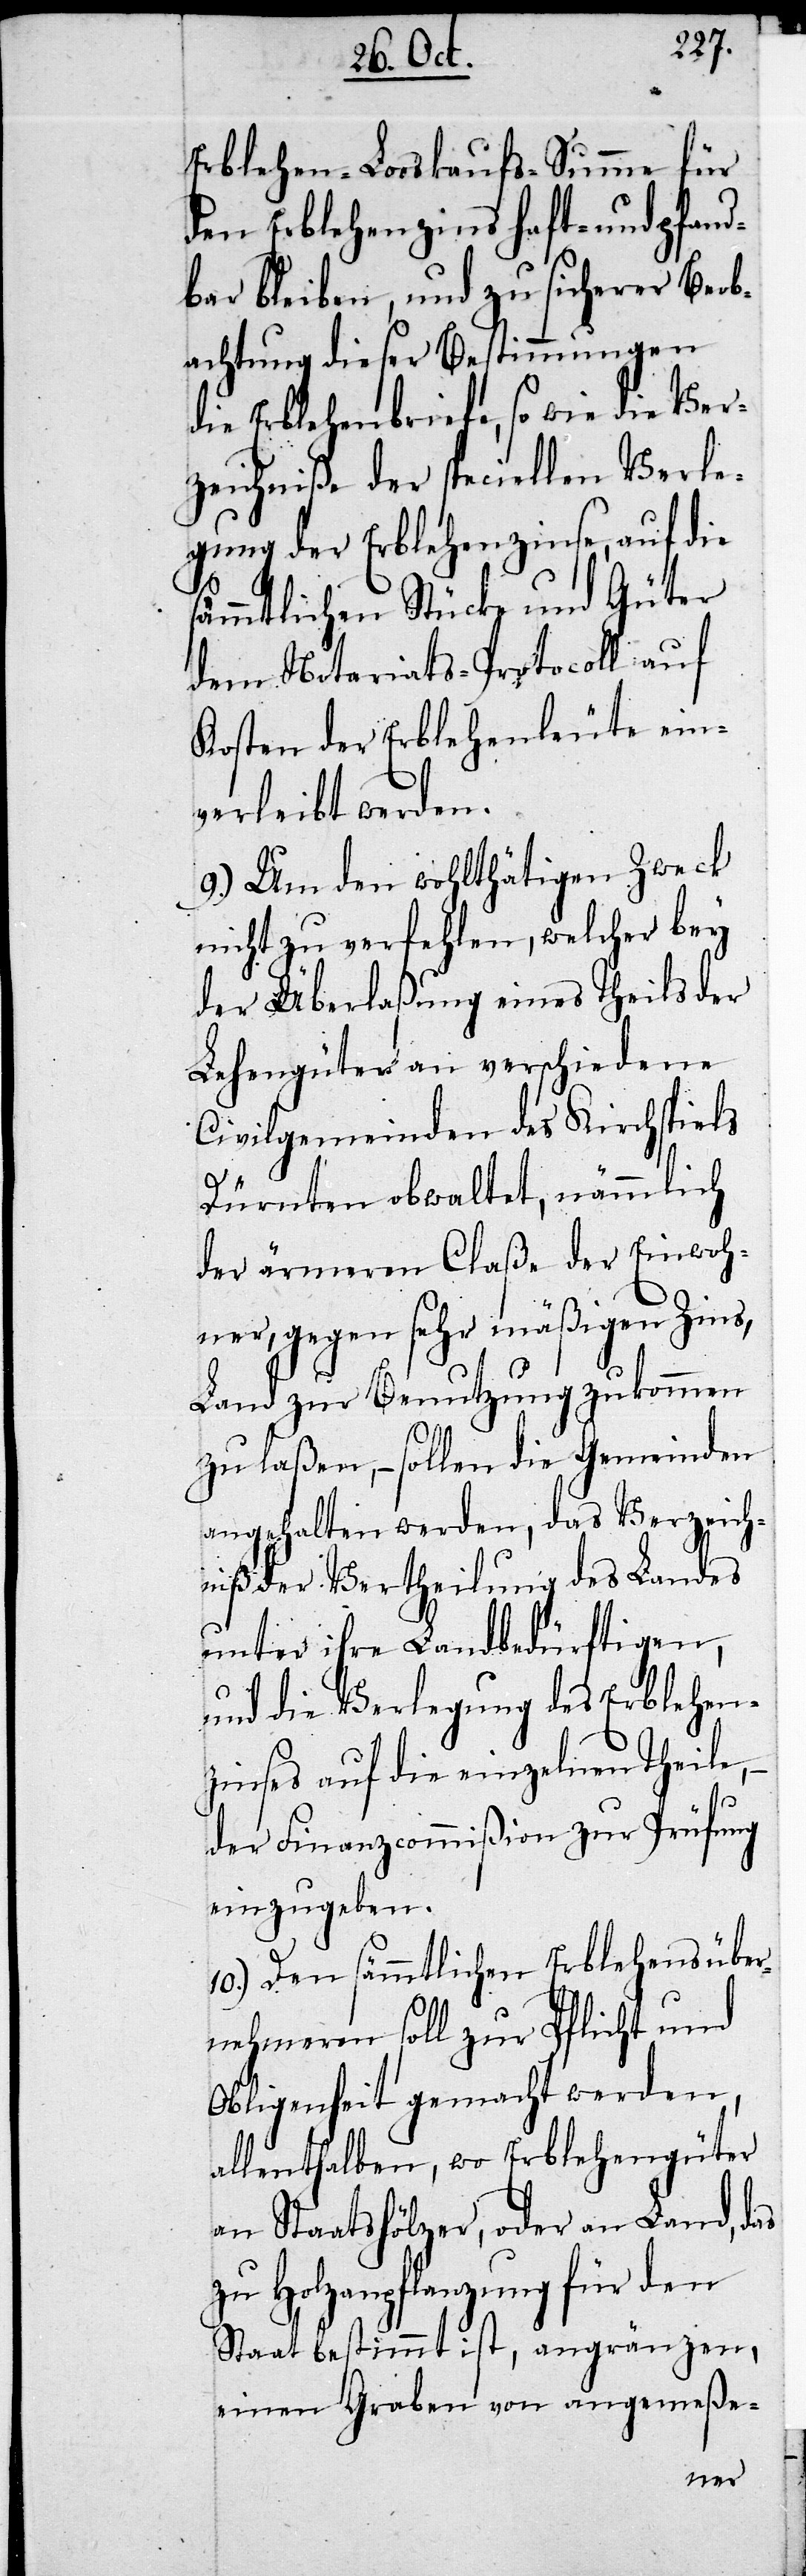
Erblehen-Looskaufs-Summe für
den Erblehenzins haft- und pfand¬
bar bleiben, und zu sicherer Beob¬
achtung dieser Bestimmungen
die Erblehenbriefe, so wie die Ver¬
zeichniße der speciellen Verle¬
gung der Erblehenzinse, auf die
sämmtlichen Stücke und Güter
dem Notariats-Protocoll auf
Kosten der Erblehenleute ein¬
verleibt werden.
9.) Um den wohltätigen Zweck
nicht zu verfehlen, welcher bey
der Überlaßung eines Theils der
Lehengüter an verschiedene
Civilgemeinden des Kirchspiels
Dürnten obwaltet, nämmlich
der ärmeren Claße der Einwoh¬
ner, gegen sehr mäßigen Zins,
Land zur Benutzung zukommen
zu laßen, – sollen die Gemeinden
angehalten werden, das Verzeich¬
niß der Vertheilung des Landes
unter ihre Landbedürftigen,
und die Verlegung des Erblehen¬
zinses auf die einzelnen Theile,
der Finanzcommißion zur Prüfung
einzugeben.
10.) Den sämmtlichen Erblehensübe¬
rnehmeren soll zur Pflicht und
Obligenheit gemacht werden,
allenthalben, wo Erblehengüter
an Staatshölzer, oder an Land,
zu Holzanpflanzung für den
Staat bestimmt ist, angränzen,
einen Graben von angemeße-